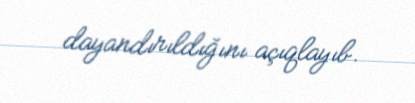
dayandırıldığını açıqlayıb.